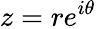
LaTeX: z=re^{i\theta}